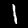
Label: 1